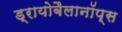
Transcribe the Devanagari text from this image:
ड्रायोबैलानॉप्स